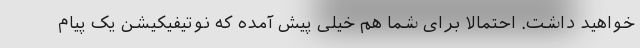
خواهید داشت. احتمالا برای شما هم خیلی پیش آمده که نوتیفیکیشن یک پیام